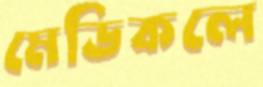
মেডিকলে